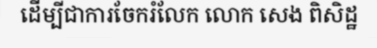
ដើម្បីជាការចែករំលែក លោក សេង ពិសិដ្ឋ